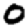
Digit: 0